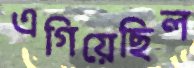
এগিয়েছিল